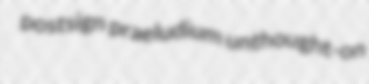
postsign praeludium unthought-on